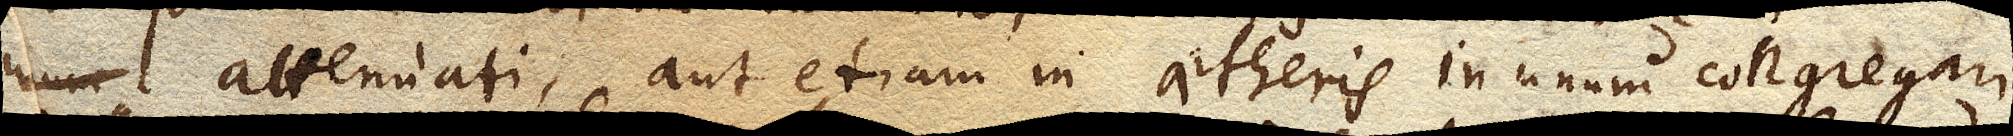
attenuari, aut etiam aetheris in unum congregari,